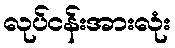
လုပ်ငန်းအားလုံး